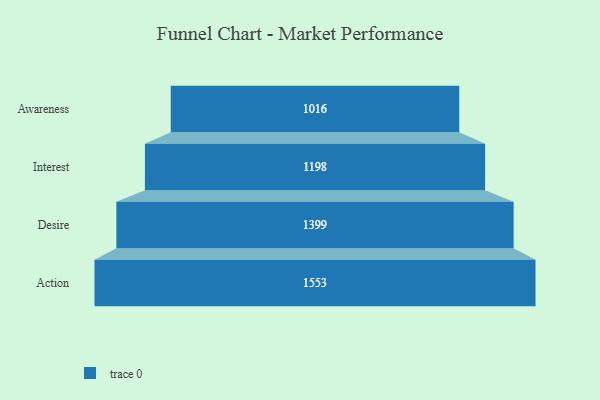
{"axis": {"x": "Stage", "y": "Value"}, "legend": [""], "data": [{"x": "Awareness", "y": 1016.0, "type": ""}, {"x": "Interest", "y": 1198.0, "type": ""}, {"x": "Desire", "y": 1399.0, "type": ""}, {"x": "Action", "y": 1553.0, "type": ""}]}